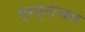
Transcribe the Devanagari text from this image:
भ्रप्टाचार